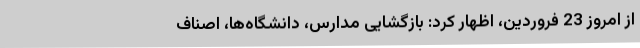
از امروز 23 فروردین، اظهار کرد: بازگشایی مدارس، دانشگاه‌ها، اصناف